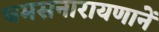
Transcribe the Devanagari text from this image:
चमसनारायणानें